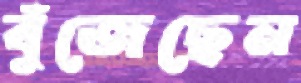
বুঁজেছেন